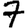
Digit: 7